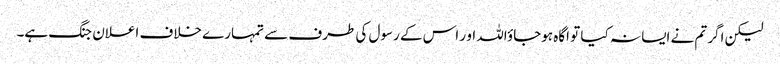
لیکن اگر تم نے ایسا نہ کیا تو اگاہ ہوجاؤاللہ او ر اس کے رسول کی طرف سے تمہارے خلاف اعلان جنگ ہے۔